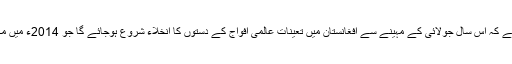
واضح رہے کہ اس سال جولائی کے مہینے سے افغانستان میں تعینات عالمی افواج کے دستوں کا انخلاء شروع ہوجائے گا جو 2014ء میں مکمل ہوگا۔